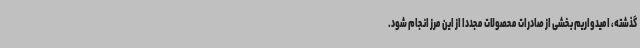
گذشته، امیدواریم بخشی از صادرات محصولات مجددا از این مرز انجام شود.